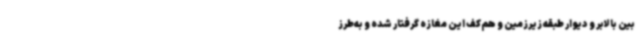
بین بالابر و دیوار طبقه زیرزمین و هم‌کف این مغازه گرفتار شده و به‌طرز